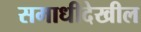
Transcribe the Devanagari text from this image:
समाधीदेखील